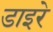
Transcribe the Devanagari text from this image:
डाइरे